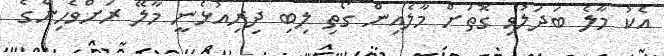
އެކު މާލެ ބަދަލުވި ގޮތަށް މާލެއިން ގޯތި ލިބި ދިރިއުޅެނީ މާލޭ ރަށްވެހިންގެ